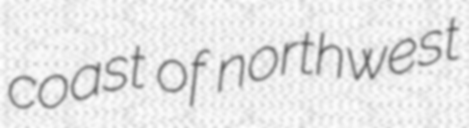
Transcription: coast of northwest